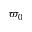
\varpi _ { 0 }